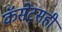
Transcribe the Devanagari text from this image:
कॅसेट्सही